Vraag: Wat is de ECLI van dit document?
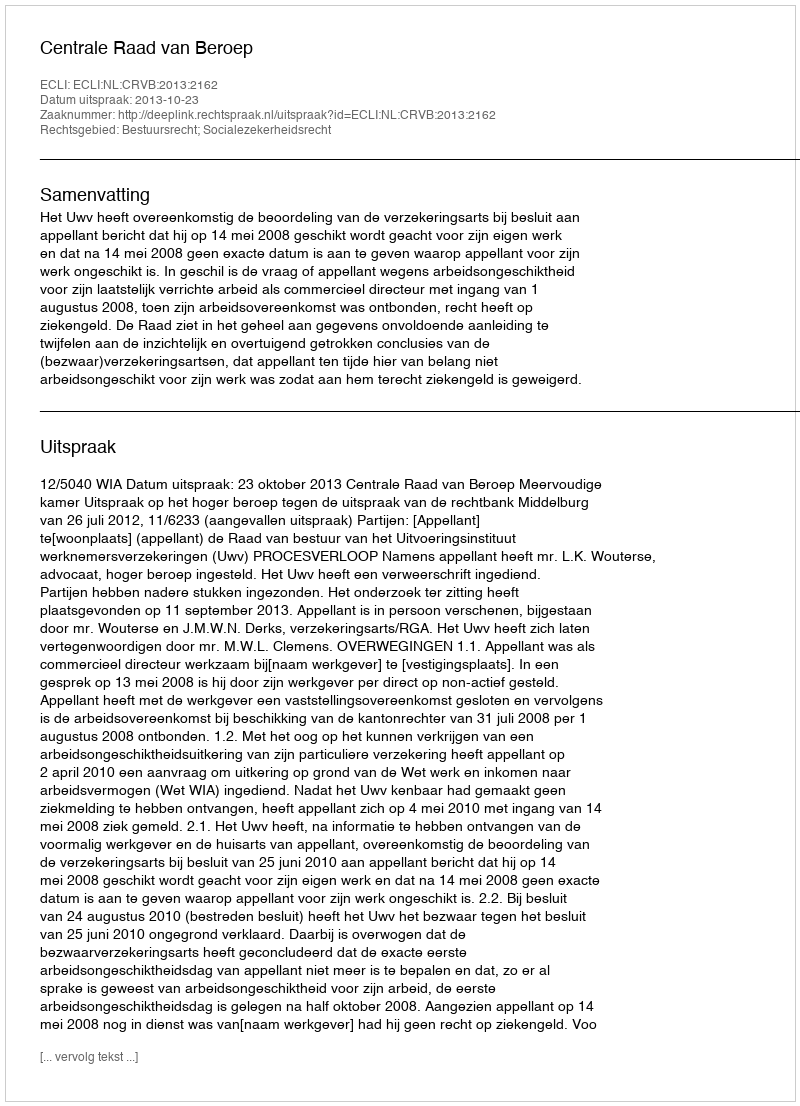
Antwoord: ECLI:NL:CRVB:2013:2162